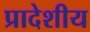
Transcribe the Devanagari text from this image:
प्रादेशीय